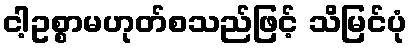
ငါ့ဥစ္စာမဟုတ်စသည်ဖြင့် သိမြင်ပုံ